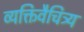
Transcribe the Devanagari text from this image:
व्यक्तिवैचित्र्य